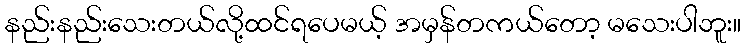
နည်းနည်းသေးတယ်လို့ထင်ရပေမယ့် အမှန်တကယ်တော့ မသေးပါဘူး။